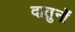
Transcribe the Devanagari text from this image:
दातुनों